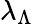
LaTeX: \lambda_{\Lambda}